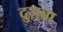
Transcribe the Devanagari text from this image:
द्रुज़्बा